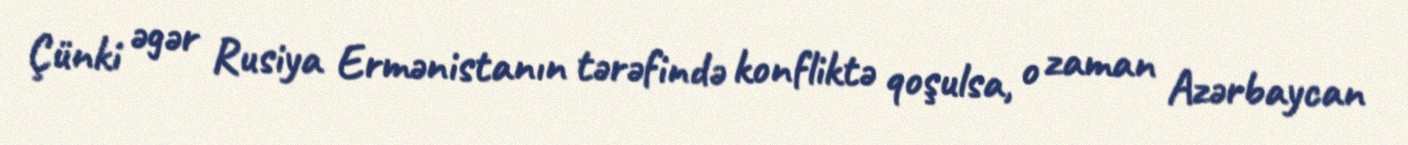
Çünki əgər Rusiya Ermənistanın tərəfində konfliktə qoşulsa, o zaman Azərbaycan